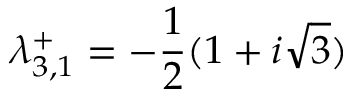
\lambda _ { 3 , 1 } ^ { + } = - \frac { 1 } { 2 } ( 1 + i \sqrt { 3 } )